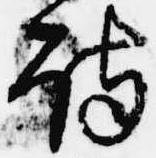
詩